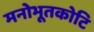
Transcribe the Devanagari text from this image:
मनोभूतकोटि